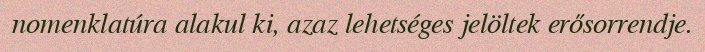
nomenklatúra alakul ki, azaz lehetséges jelöltek erősorrendje.